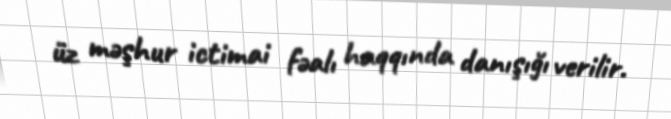
üz məşhur ictimai fəalı haqqında danışığı verilir.